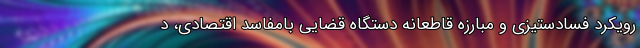
رویکرد فسادستیزی و مبارزه قاطعانه دستگاه قضایی بامفاسد اقتصادی، د